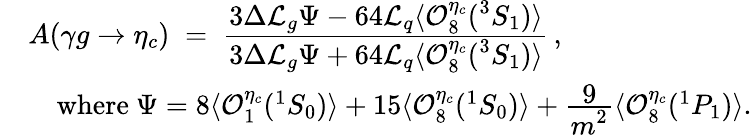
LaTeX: \begin{array}{rl}{{}}&{{A(\gamma g\to\eta_{c})\; =\; {\frac{\displaystyle 3\Delta{\cal L}_{g}\Psi-64{\cal L}_{q}\langle{\cal O}_{8}^{\eta_{c}}({}^{3}S_{1})\rangle}{\displaystyle 3\Delta{\cal L}_{g}\Psi+64{\cal L}_{q}\langle{\cal O}_{8}^{\eta_{c}}({}^{3}S_{1})\rangle}}\, ,}}\\ {{}}&{{\quad\mathrm{where\ }\Psi=8\langle{\cal O}_{1}^{\eta_{c}}({}^{1}S_{0})\rangle+15\langle{\cal O}_{8}^{\eta_{c}}({}^{1}S_{0})\rangle+{\frac{\displaystyle 9}{\displaystyle m^{2}}}\langle{\cal O}_{8}^{\eta_{c}}({}^{1}P_{1})\rangle.}}\end{array}